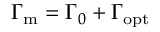
\Gamma _ { \mathrm { m } } = \Gamma _ { 0 } + \Gamma _ { \mathrm { o p t } }